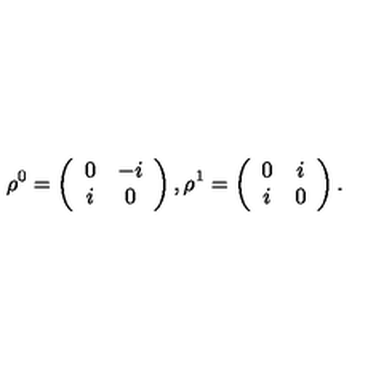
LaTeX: \rho ^ { 0 } = \left( \begin{array} { c c } { 0 } & { - i } \\ { i } & { 0 } \\ \end{array} \right) , \rho ^ { 1 } = \left( \begin{array} { c c } { 0 } & { i } \\ { i } & { 0 } \\ \end{array} \right) .